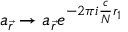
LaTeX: a _ { \vec { r } } \rightarrow a _ { \vec { r } } e ^ { - 2 \pi i \frac { c } { N } r _ { 1 } }